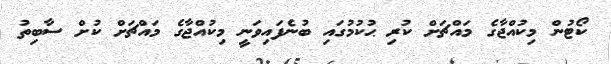
ކޯޓުން މިކުއްޖާގެ މައްޗަށް ކުރި ޙުކުމުގައި ބުނެފައިވަނީ މިކުއްޖާގެ މައްޗަށް ކުށް ސާބިތު